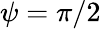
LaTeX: \psi=\pi/2